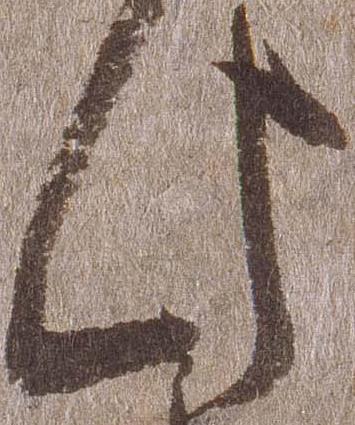
此